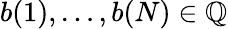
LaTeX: b(1),\dots,b(N)\in\mathbb{Q}